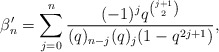
\begin{align*} \beta'_n = \sum_{j=0}^n \frac{(-1)^jq^{\binom{j+1}{2}}}{(q)_{n-j}(q)_{j}(1-q^{2j+1})}, \end{align*}